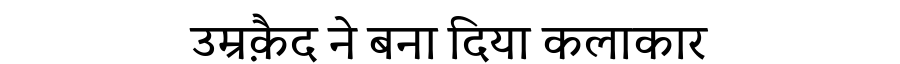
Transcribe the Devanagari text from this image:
उम्रक़ैद ने बना दिया कलाकार